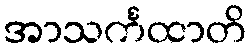
အာသင်္ကထာတိ